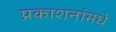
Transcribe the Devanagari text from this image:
प्रकाशनांमधे